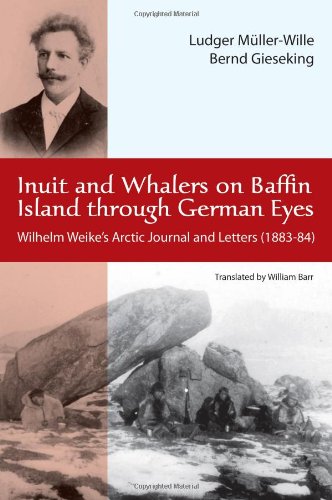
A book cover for Inuit and Whalers on Baffin Island Through German Eyes: Wilhelm Weike's Arctic Journal and Letters (1883-84); Travel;